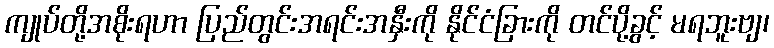
ကျုပ်တို့အစိုးရဟာ ပြည်တွင်းအရင်းအနှီးကို နိုင်ငံခြားကို တင်ပို့ခွင့် မရဘူးဗျ၊